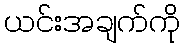
ယင်းအချက်ကို